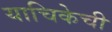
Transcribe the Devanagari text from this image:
याचिकेची